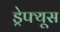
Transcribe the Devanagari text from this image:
ड्रेफ्यूस